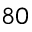
_ { 8 0 }